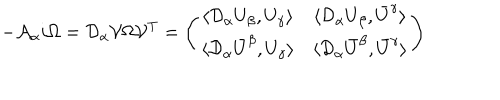
- { \cal A } _ { \alpha } i \Omega = { \cal D } _ { \alpha } { \cal V } \Omega { \cal V } ^ { T } = \left( \begin{matrix} { { \langle { \cal D } _ { \alpha } U _ { \beta } , U _ { \gamma } \rangle } } & { { \langle { \cal D } _ { \alpha } U _ { \beta } , \bar { U } ^ { \gamma } \rangle } } \\ { { \langle { \cal D } _ { \alpha } \bar { U } ^ { \beta } , U _ { \gamma } \rangle } } & { { \langle { \cal D } _ { \alpha } \bar { U } ^ { \beta } , \bar { U } ^ { \gamma } \rangle } } \\ \end{matrix} \right)